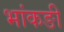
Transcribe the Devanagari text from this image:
भांकङी